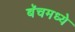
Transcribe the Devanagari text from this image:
बॅचमध्ये